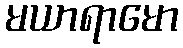
မယာရာမော